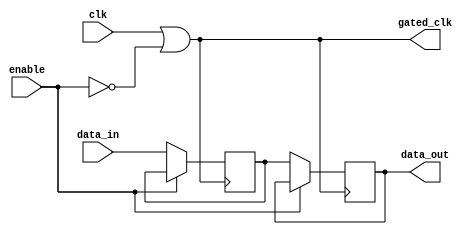
module clock_gating_memory (
    input wire clk,          // Primary clock signal
    input wire enable,       // Control signal to enable/disable memory
    input wire [7:0] data_in, // Data input for the memory block
    output reg [7:0] data_out, // Data output from the memory block
    output wire gated_clk    // Gated clock output
);

// Internal signal for the inverted enable
wire not_enable;

// Invert the enable signal
assign not_enable = ~enable;

// OR gate to generate the gated clock
assign gated_clk = clk | not_enable;

// Memory block (for demonstration purposes, a simple register)
reg [7:0] memory [0:15]; // Example memory with 16 locations

// Memory write operation
always @(posedge gated_clk) begin
    if (!enable) begin
        // Write data to memory when enable is low
        memory[0] <= data_in; // Example: writing to address 0
    end
end

// Memory read operation
always @(posedge gated_clk) begin
    if (!enable) begin
        // Read data from memory when enable is low
        data_out <= memory[0]; // Example: reading from address 0
    end
end

endmodule